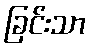
ခြင်းသာ